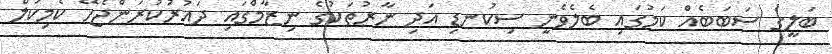
ބަލީގެ ސަަބަބެއް ކަމުގައި ބެލެވެނީ ސިކުނޑި އަދި ނާރުތަކުގެ ނިޒާމްގައި ދައުރުކުރަންޖެހޭ ކެމިކަލް